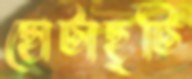
ছোটাছুটি